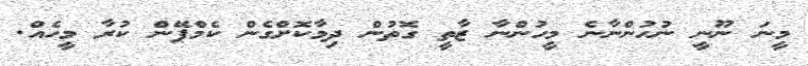
މީނަ ނޫނީ ނުހުންނާނެ މީހުންނާ ޒާތީ ގޮތުން ދިމާކޮށްގެން ކެމްޕޭން ކުރާ މީހެއް.